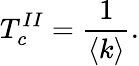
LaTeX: T_{c}^{II}=\frac{1}{\langle k\rangle}.